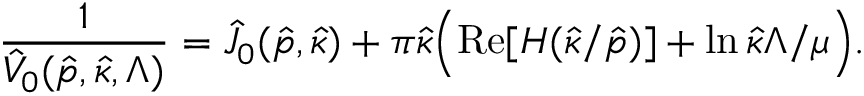
\frac { 1 } { \hat { V } _ { 0 } ( \hat { p } , \hat { \kappa } , \Lambda ) } = \hat { J } _ { 0 } ( \hat { p } , \hat { \kappa } ) + \pi \hat { \kappa } \Bigl ( \mathrm { R e } [ H ( \hat { \kappa } / \hat { p } ) ] + \ln \hat { \kappa } \Lambda / \mu \Bigr ) .